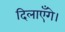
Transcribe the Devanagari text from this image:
दिलाएँगे।